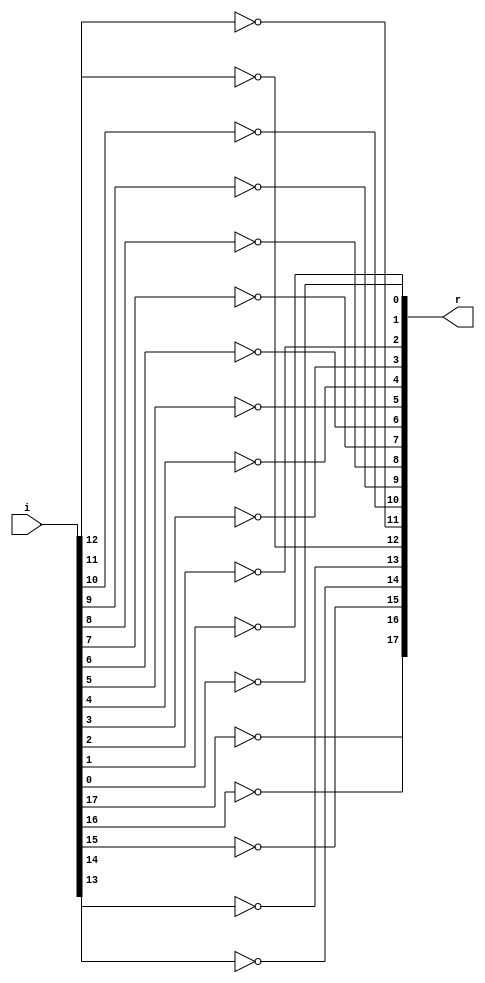
module Invert18(
	input [17:0] i,
	output [17:0] r
);
	assign r[17] = ~i[17];
	assign r[16] = ~i[16];
	assign r[15] = ~i[15];
	assign r[14] = ~i[14];
	assign r[13] = ~i[13];
	assign r[12] = ~i[12];
	assign r[11] = ~i[11];
	assign r[10] = ~i[10];
	assign r[9] = ~i[9];
	assign r[8] = ~i[8];
	assign r[7] = ~i[7];
	assign r[6] = ~i[6];
	assign r[5] = ~i[5];
	assign r[4] = ~i[4];
	assign r[3] = ~i[3];
	assign r[2] = ~i[2];
	assign r[1] = ~i[1];
	assign r[0] = ~i[0];

	assign o = r + 1'd1;
endmodule